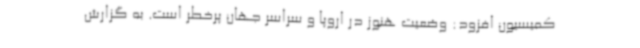
کمیسیون افزود: وضعیت هنوز در اروپا و سراسر جهان پرخطر است. به گزارش